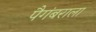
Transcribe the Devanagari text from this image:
पैगंबराला